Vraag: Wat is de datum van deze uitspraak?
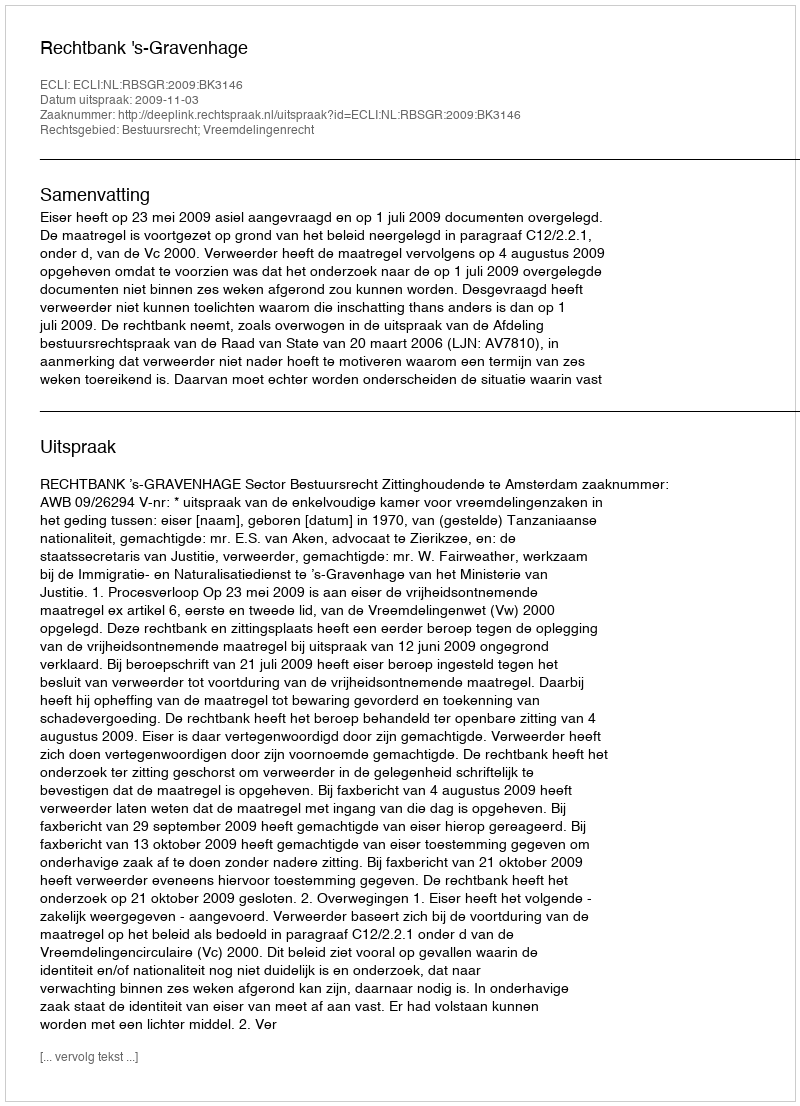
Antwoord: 2009-11-03